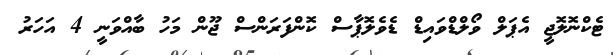
ޓެކްނޮލޮޖީ އެޕަލް ވޯލްޑްވައިޑް ޑެވެލޮޕާސް ކޮންފަރަންސް ޖޫން މަހު ބާއްވަނީ 4 އަހަރު